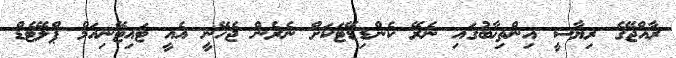
ރާއްޖޭގެ ރިޔާސީ އިންތިޚާބުގައި ނެރޭ ކެންޑިޑޭޓަކަށް ނެރެން ޖެހޭނީ އެއީ ޓައިޓޭނިއަމް ޕްލޭޓެޑް